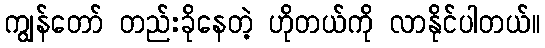
ကျွန်တော် တည်းခိုနေတဲ့ ဟိုတယ်ကို လာနိုင်ပါတယ်။